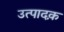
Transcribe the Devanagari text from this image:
उत्पादक़